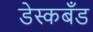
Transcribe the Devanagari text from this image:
डेस्कबँड